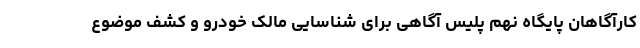
کارآگاهان پایگاه نهم پلیس آگاهی برای شناسایی مالک خودرو و کشف موضوع